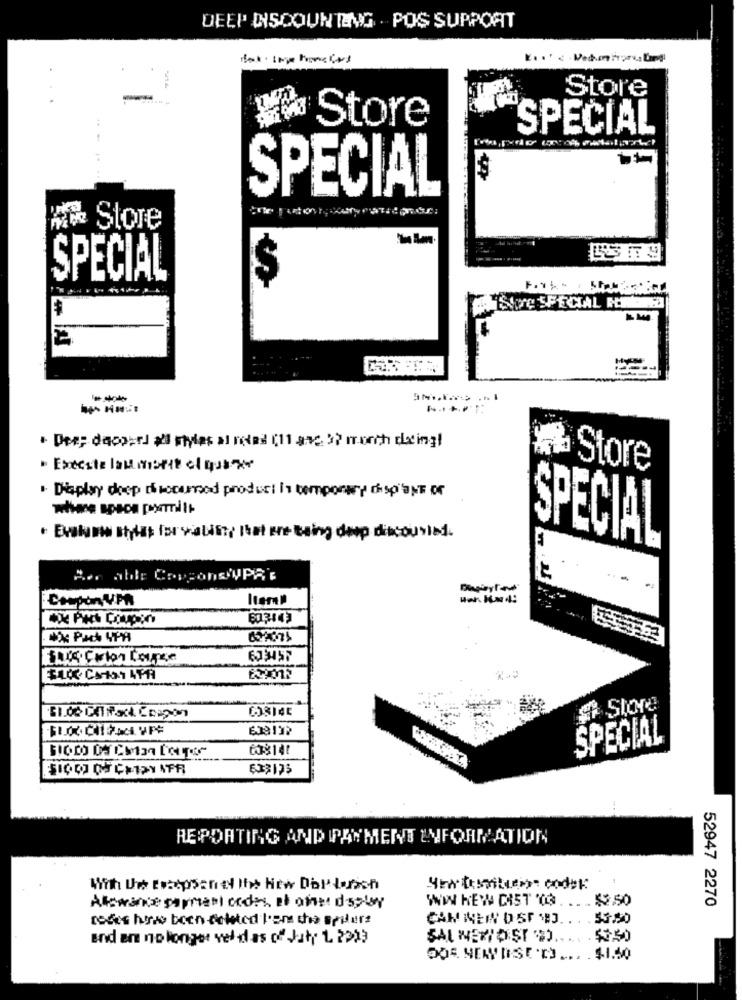
DEEP DISCOUNTENG .POS SUPPORT
Store
Store
SPECIAL
SPECIAL
Store
SPECIAL
Sure SPECIAL PI
· Des; dacours ai styles al redes (11 ave 32 month desing)
· Execute last monte ci quase
Store
. Display doep docunnod product is temporary disp"ONE of
. Evaknow sheas for calling that are taing deep discounted.
SPECIAL
Ar able CargondyPRE
-- -
Coupon VPA
Iteral
603443
4 SICe
638137
SPECIAL
REPORTING AND PAYMENT INFORMATION
WWW KEY CAST ON.
15.50
Allowance parment codes et ones display
.. .
52947 2270
redes have been deleted l'oms the spiders
CAN NER DSF NEJ.
and an no longer vel das of duty 1 2323